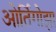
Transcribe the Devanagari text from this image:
ओर्तिगोझा